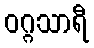
ဝဂ္ဂသာရီ